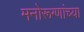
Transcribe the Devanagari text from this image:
मनोरूग्णांच्या